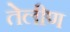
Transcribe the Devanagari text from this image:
तेलीण